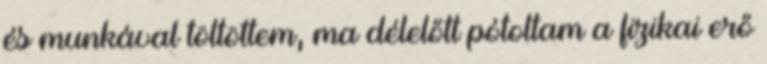
és munkával töltöttem, ma délelőtt pótoltam a fizikai erő